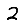
Digit: 2